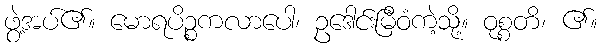
ဖွဲ့အပ်၏။ မောရပိဉ္စကလာပေါ၊ ဥဒေါင်းမြီဝံကဲ့သို့။ ဝုစ္စတိ၊ ၏။